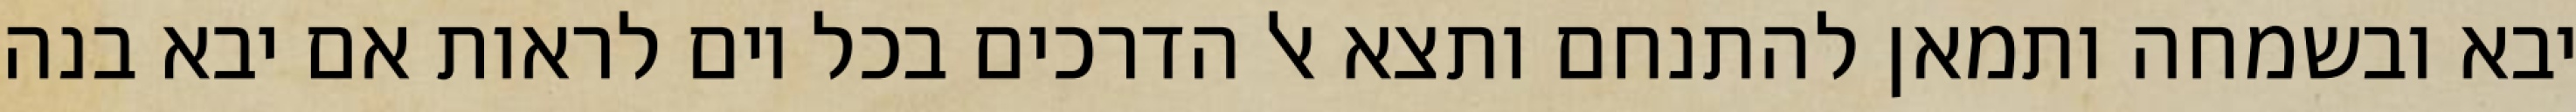
יבא ובשמחה ותמאן להתנחם ותצא אל הדרכים בכל יום לראות אם יבא בנה